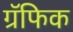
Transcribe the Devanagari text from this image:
ग्रॅफिक